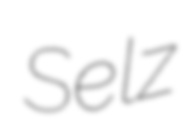
Selz